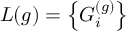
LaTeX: L ( g ) = \left\{ G _ { i } ^ { ( g ) } \right\}